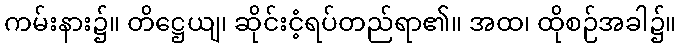
ကမ်းနား၌။ တိဋ္ဌေယျ၊ ဆိုင်းငံ့ရပ်တည်ရာ၏။ အထ၊ ထိုစဉ်အခါ၌။